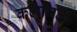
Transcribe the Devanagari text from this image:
कलातत्व